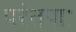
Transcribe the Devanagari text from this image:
परंतपाः